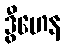
ဒွီဟေန